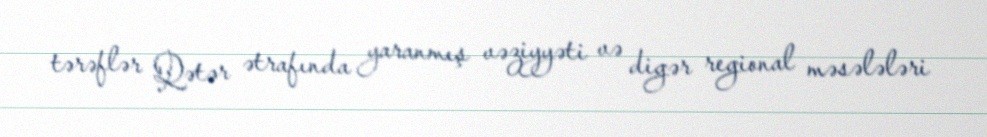
tərəflər Qətər ətrafında yaranmış vəziyyəti və digər regional məsələləri